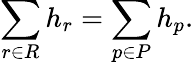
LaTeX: \sum_{r\in R}h_{r}=\sum_{p\in P}h_{p}.